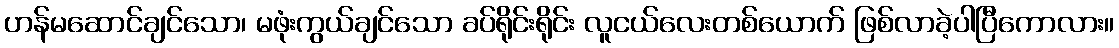
ဟန်မဆောင်ချင်သော၊ မဖုံးကွယ်ချင်သော ခပ်ရိုင်းရိုင်း လူငယ်လေးတစ်ယောက် ဖြစ်လာခဲ့ပါပြီကောလား။